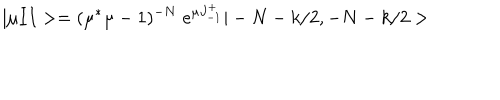
| \mu I I > = ( \mu ^ { * } \mu - 1 ) ^ { - N } \; e ^ { \mu J _ { - 1 } ^ { + } } | - N - k / 2 , - N - k / 2 >